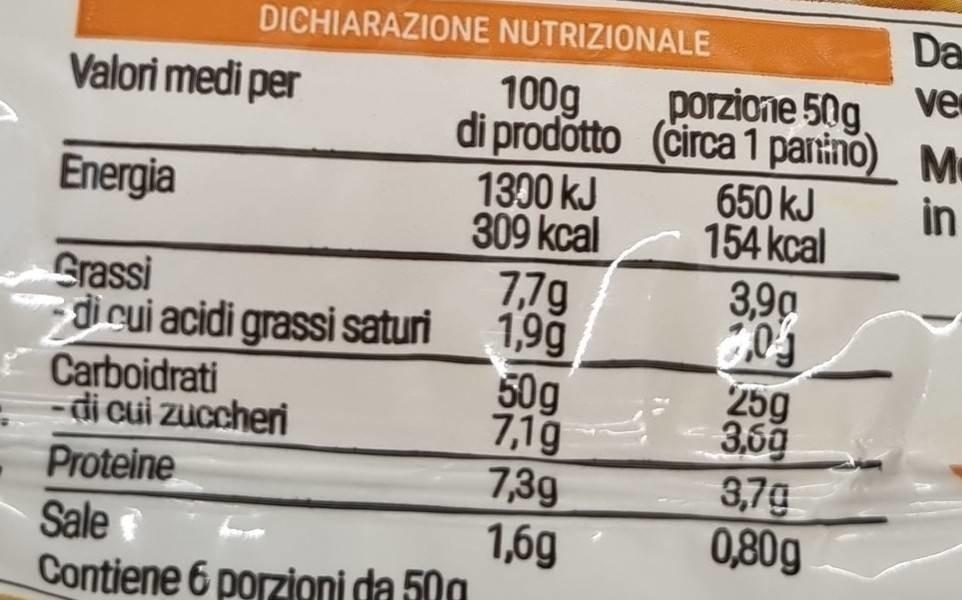
DICHIARAZIONE NUTRIZIONALE
Valori medi per
Energia
Grassi
di cui acidi grassi saturi
Carboidrati
-di cui zuccheri
Proteine
porzione 50g
100g di prodotto (circa 1 pantino)
Sale
Contiene 6 porzioni da 50g
1300 kJ
309 kcal
7,7g
1,9g
50g
7,1g
7,3g
1,6g
650 kJ
154 kcal
3,90
20
25g
3,69
3,7g
0,80g
Da
ve
Me
in